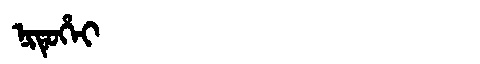
Manchu: ᠨᡳᡨᡠᡥᡝᡳ
Romanization: NITUHEI